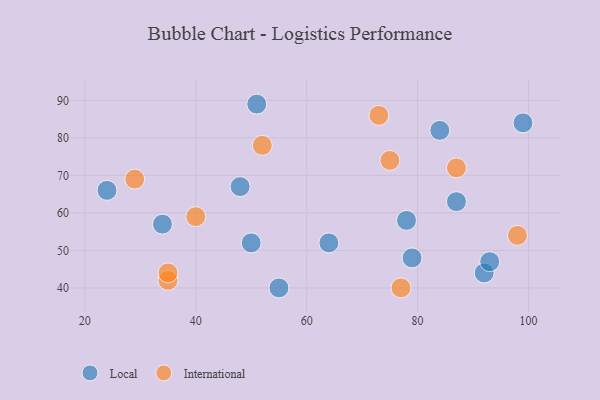
{"axis": {"x": "GDP", "y": "Life Expectancy"}, "legend": ["International", "Local"], "data": [{"x": "84", "y": 82, "type": "Local"}, {"x": "92", "y": 44, "type": "Local"}, {"x": "64", "y": 52, "type": "Local"}, {"x": "24", "y": 66, "type": "Local"}, {"x": "48", "y": 67, "type": "Local"}, {"x": "55", "y": 40, "type": "Local"}, {"x": "79", "y": 48, "type": "Local"}, {"x": "50", "y": 52, "type": "Local"}, {"x": "87", "y": 63, "type": "Local"}, {"x": "93", "y": 47, "type": "Local"}, {"x": "78", "y": 58, "type": "Local"}, {"x": "51", "y": 89, "type": "Local"}, {"x": "99", "y": 84, "type": "Local"}, {"x": "34", "y": 57, "type": "Local"}, {"x": "52", "y": 78, "type": "International"}, {"x": "98", "y": 54, "type": "International"}, {"x": "35", "y": 42, "type": "International"}, {"x": "29", "y": 69, "type": "International"}, {"x": "87", "y": 72, "type": "International"}, {"x": "40", "y": 59, "type": "International"}, {"x": "73", "y": 86, "type": "International"}, {"x": "75", "y": 74, "type": "International"}, {"x": "77", "y": 40, "type": "International"}, {"x": "35", "y": 44, "type": "International"}]}